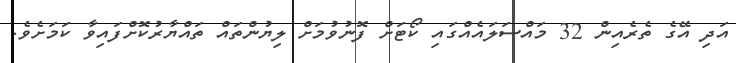
އަދި އޭގެ ތެރެއިން 32 މައްސަލައެއްގައި ކޯޓަށް ފޮނުވުމަށް ލިޔުންތައް ތައްޔާރުކޮށްފައިވާ ކަމަށެވެ.